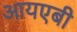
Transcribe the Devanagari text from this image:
आयएबी